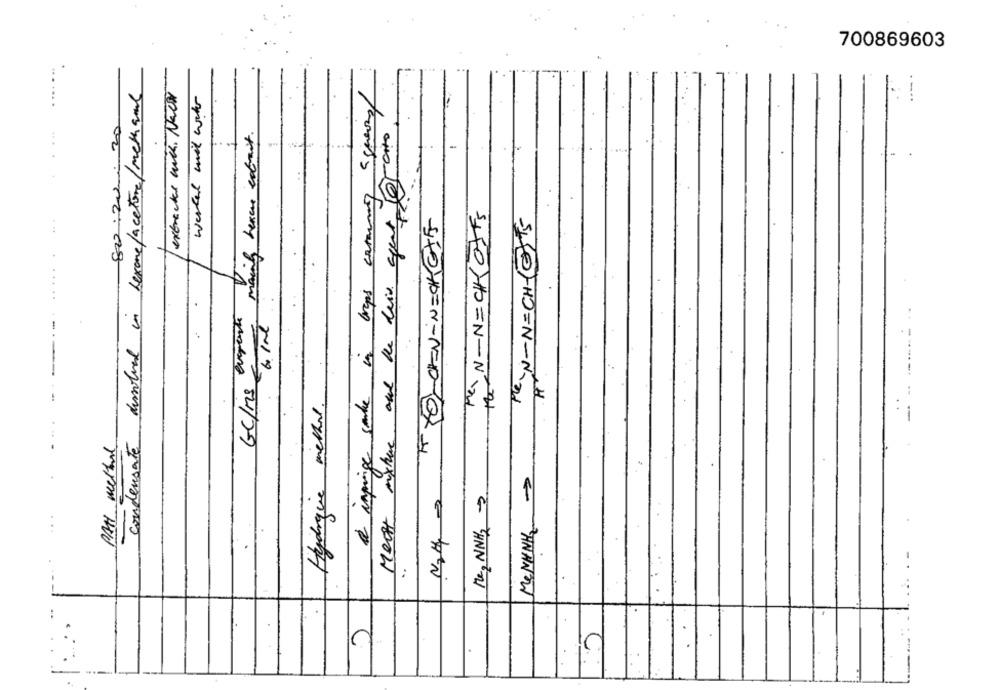
700869603
.... ...
.
extracts with . Nach
condensate dirtied in hexane/acetone/methane
werked mil wahr
a impinge sake in Greps caramin aqueous
2
mainly heraus edant.
-
Meat mixture and the deiv agent Je
80:20
PRIN - NICKOFFS
I YOLCIN- N=CKETS
PEN- N=CH(@ITS
..
GC/Ms evereste
--
Hydrogive methe .
PAH melhor
Me, NNH2 >
A
MeNUNHa
..
.
10